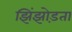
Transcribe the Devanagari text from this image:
झिंझोड़ता